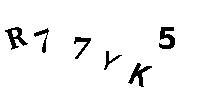
R77YK5